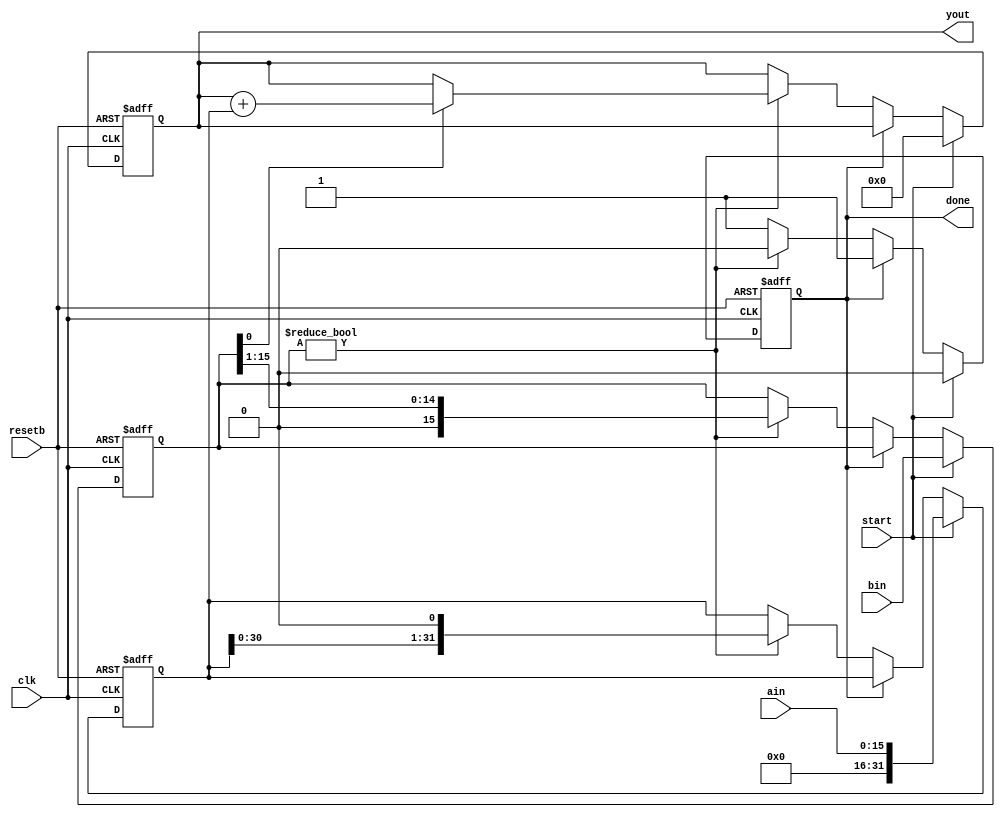
// **** Here's a simple, sequential multiplier.  Very simple, unsigned..
// Not very well tested, play with testbench, use at your own risk, blah blah blah..
//

//
// Unsigned 16-bit multiply (multiply two 16-bit inputs to get a 32-bit output)
//
// Present data and assert start synchronous with clk.
// Assert start for ONLY one cycle.
// Wait N cycles for answer (at most).  Answer will remain stable until next start.
// You may use DONE signal as handshake.
//
// Written by tom coonan
//
module mult16 (clk, resetb, start, done, ain, bin, yout);
parameter N = 16;
input			clk;
input			resetb;
input			start; // Register the ain and bin inputs (they can change afterwards)
input [N-1:0]		ain;
input [N-1:0]		bin;
output [2*N-1:0]	yout;
output			done;

reg [2*N-1:0]		a;
reg [N-1:0]		b;
reg [2*N-1:0]		yout;

reg		done;

always @(posedge clk or negedge resetb) begin
   if (~resetb) begin
      a <= 0;
      b <= 0;
      yout <= 0;
      done <= 1'b1;
   end
   else begin
      // Load will register the input and clear the counter.
      if (start) begin
         a    <= ain;
         b    <= bin;
         yout <= 0;
         done <= 0;
      end
      else begin
         // Go until b is zero
         if (~done) begin
            if (b != 0) begin
               // If '1' then add a to sum
               if (b[0]) begin
                  yout <= yout + a;
               end
               b <= b >> 1;
               a <= a << 1;
               //$display ("a = %b, b = %b, yout = %b", a,b,yout);
            end
            else begin
               done <= 1'b1;
            end
         end
      end
   end
end
endmodule

// synopsys translate_off
//`define TESTMULT16
`ifdef TESTMULT16

module testmult16;
reg clk, resetb, start;
reg [15:0] a;
reg [15:0] b;
wire [31:0] y;
wire done;

mult16 mult16inst (clk, resetb, start, done, a, b, y);

initial begin
   clk = 0;
   forever begin
      #10 clk = ~clk;
   end
end

initial begin
   resetb = 0;
   #30 resetb = 1;
end

integer num_errors;
parameter MAX_TRIALS = 1000;

initial begin
   $dumpfile ("multdiv.vcd");
   $dumpvars (0,testmult16);   
   num_errors = 0;

   #100;

   // Do a bunch of random multiplies
   repeat (MAX_TRIALS) begin
      test_multiply ($random, $random);
   end
   
   // Special cases
   test_multiply ($random, 1);
   test_multiply (1, $random);
   test_multiply ($random, 0);
   test_multiply (0, $random);
   
   $display ("Done.  %0d Errors", num_errors);
   #800;
   $finish;
end

task test_multiply;
   input [15:0] aarg;
   input [15:0] barg;
   
   integer expected_answer;
   
   begin
      if (~done) begin
         $display ("Multiplier is Busy!!");
      end
      else begin
         @(negedge clk);
         start = 1;
         a = aarg;
         b = barg;
         @(negedge clk) start = 0;
         @(posedge done); 
         expected_answer = a*b;
         $display ("%0d * %0d = %0h, Reality = %0h", a, b, y, expected_answer);
         if (y !== expected_answer) begin
            $display ("   FAILURE!");
            num_errors = num_errors + 1;
         end
      end
   end
endtask

endmodule
`endif